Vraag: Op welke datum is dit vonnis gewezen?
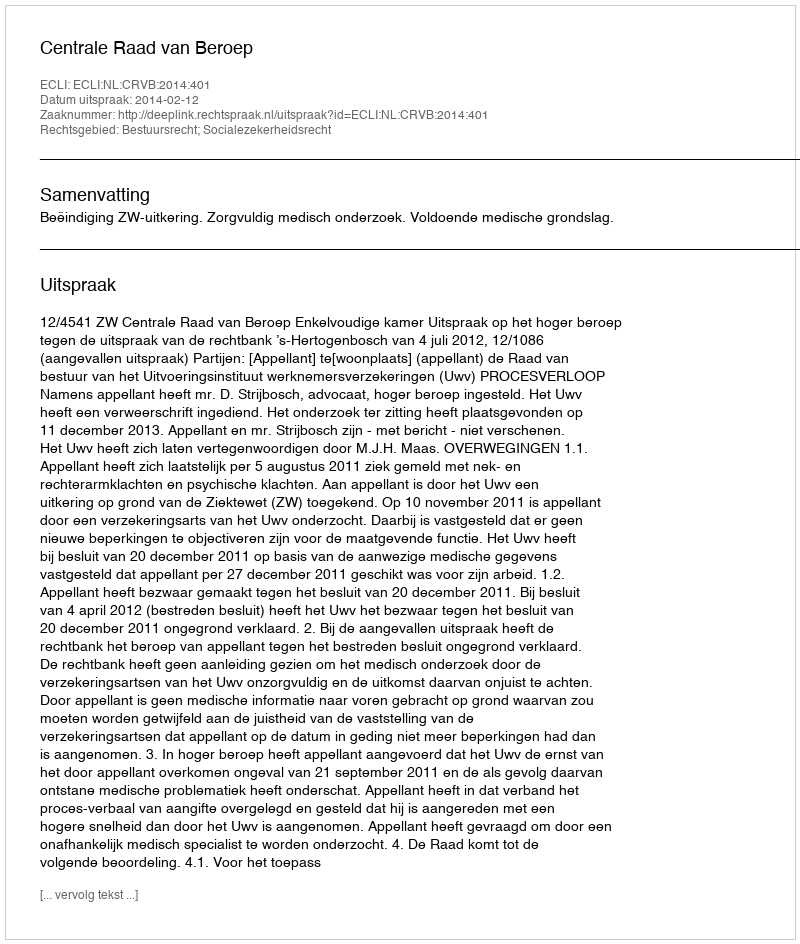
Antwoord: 2014-02-12